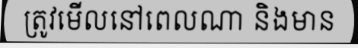
ត្រូវមើលនៅពេលណា និងមាន